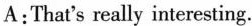
A:That's really interesting.